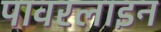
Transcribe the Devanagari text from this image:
पावरलाइन